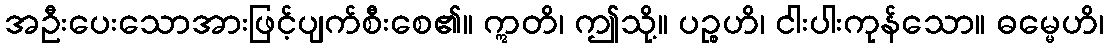
အဦးပေးသောအားဖြင့်ပျက်စီးစေ၏။ ဣတိ၊ ဤသို့။ ပဉ္စဟိ၊ ငါးပါးကုန်သော။ ဓမ္မေဟိ၊